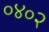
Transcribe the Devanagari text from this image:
०४०२